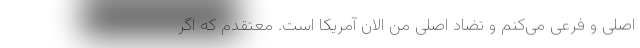
اصلی و فرعی می‌کنم و تضاد اصلی من الان آمریکا است. معتقدم که اگر